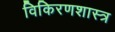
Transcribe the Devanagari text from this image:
विकिरणशास्त्र